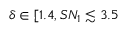
\delta \in [ 1 . 4 , S N _ { 1 } \lesssim 3 . 5